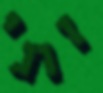
זוגי